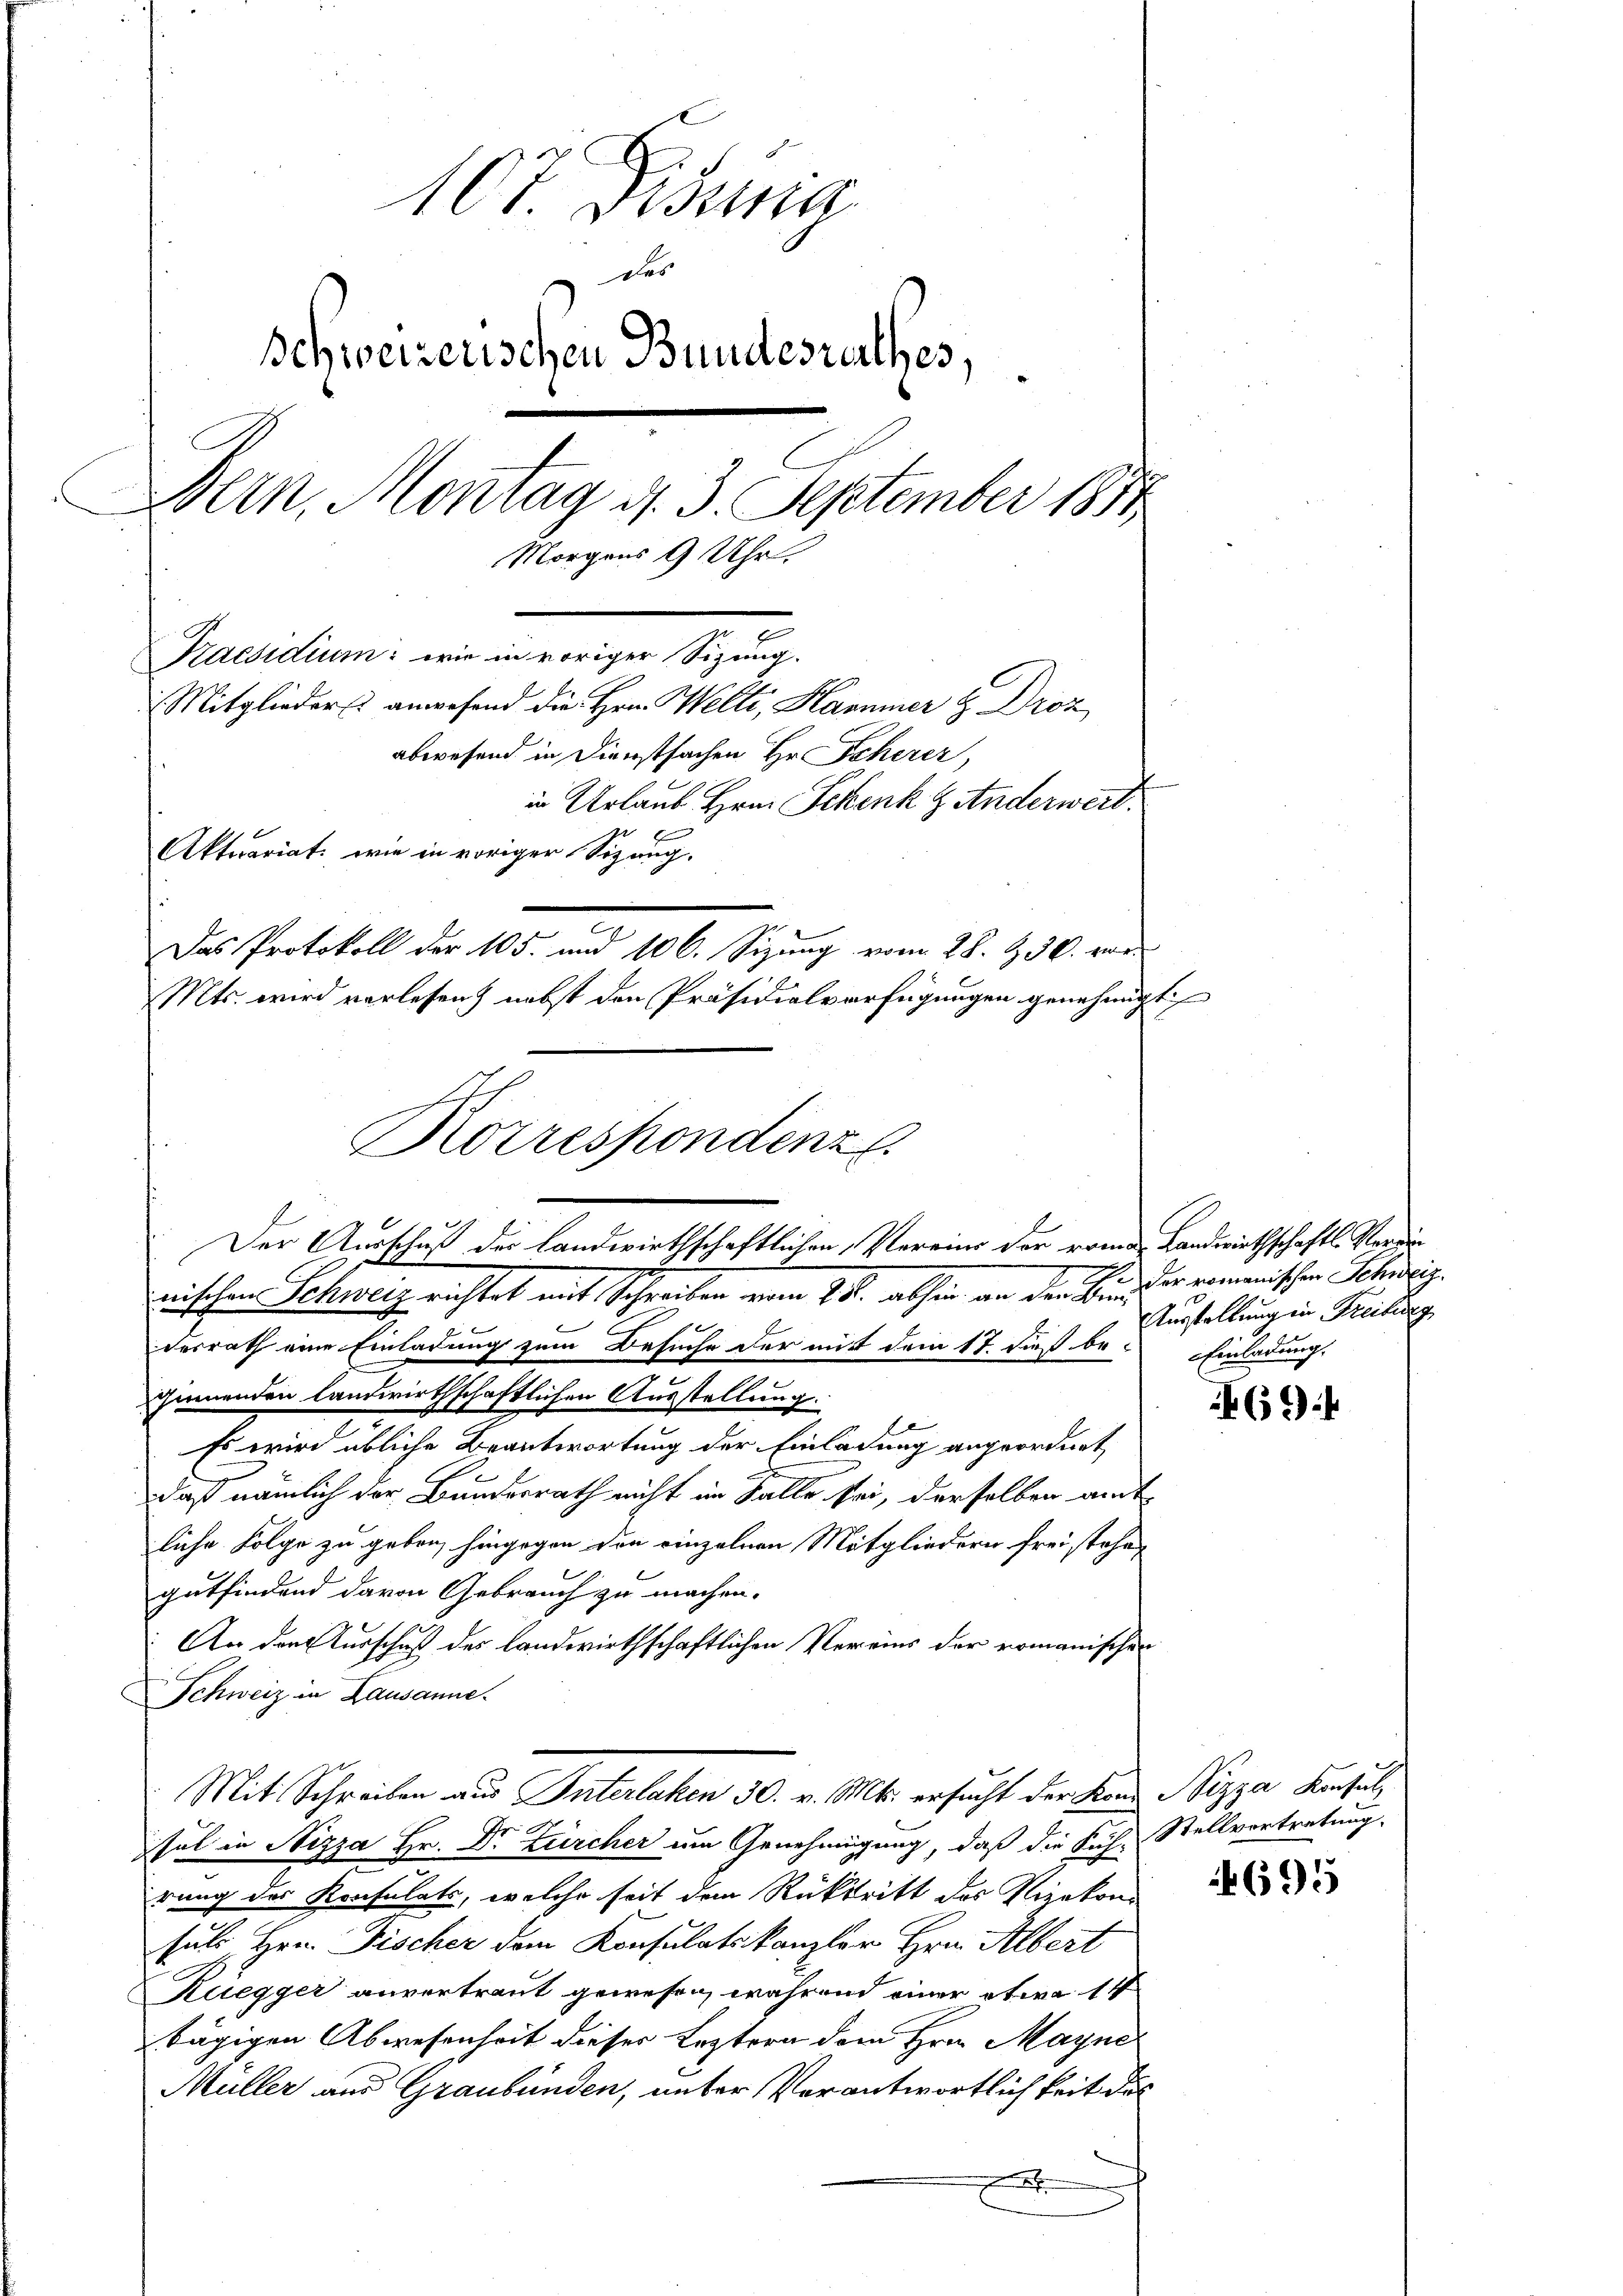
x
107. Dessa
des
Schweizerischen Bundesrathes,
Dein, Montag d. 3. September 1811.
Morgens 9 Uhr.
Praesidium: wie in voriger Sizung.
Mitglieders anwesend die Hrn. Welti, Hammer & Droz
abwesend in Dienstsachen Hr. Scherer,
in Urlaub Hrn. Schenk & Anderwert.
2
Aktuariat, wie in voriger Sizung.
Das Protokoll der 105. und 106. Sizung vom 28. 930. vor
Mts. wird verlesen) nebst den Präsidialverfügungen genehmigt

x
E
desrath eine Einladung zum Besuche der mit dem 17. Fuß be-Einladung.
Zimmenden landwirthschaftlichen Ausstellung.
Es wird übliche Beantwortung der Einladung angeordnet,
daß nämlich der Bundesrath nicht im Falle sei, derselben amt
liche Folge zu geben, hingegen den einzelnen Mitgliedern frei stehen
gutfindend davon Gebrauch zu machen.
An der Ausschuß des landwirthschaftlichen Vereins der romanischer
Schweiz in Lausanne.
Mit Schreiben aus Interlaken 30. v. Mts. ersucht der Kann Nizza Konsul
sul in Nizza Hr. Dr Zürcher um Genehmigung, daß die Kuh-Stellvertretung.
rung des Konsulats, welche seit dem Rücktritt des Vizekonsuli, Hrn. Fischer dem Konsulatskanzler Hrn. Albert
Ruegger anvertraut gewesen, während einer etwa 14
tägigen Abwesenheit dieser Leztern dem Hrn. Mayne
Müller aus Graubünden, unter Verantwortlichkeit des

Korrespondenz
Der Ausschuß der landwirthschaftlichen Vereins der roman Landwirthschafts Verurx
nischen Schweiz richtet mit Schreiben vom 25. abhin an den Bunder romanischen Schweiz.

Ausstellung in Freibung

469.4

695